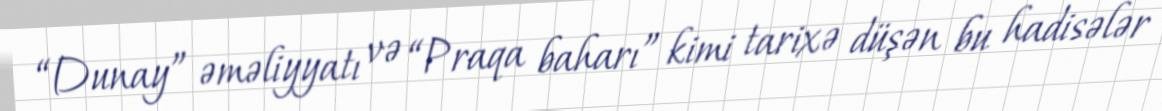
“Dunay” əməliyyatı və “Praqa baharı” kimi tarixə düşən bu hadisələr